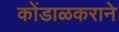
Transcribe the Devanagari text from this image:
कोंडाळकराने